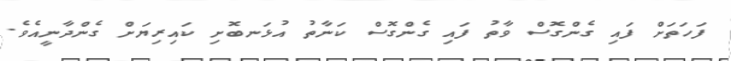
ފަހަތަށް ފައި ގެންގޮސް ވާތު ފައި ގެންގޮސް ކަނާތު އުޅަނބޮށި ކައިރިޔަށް ގެންދާނީއެވެ.